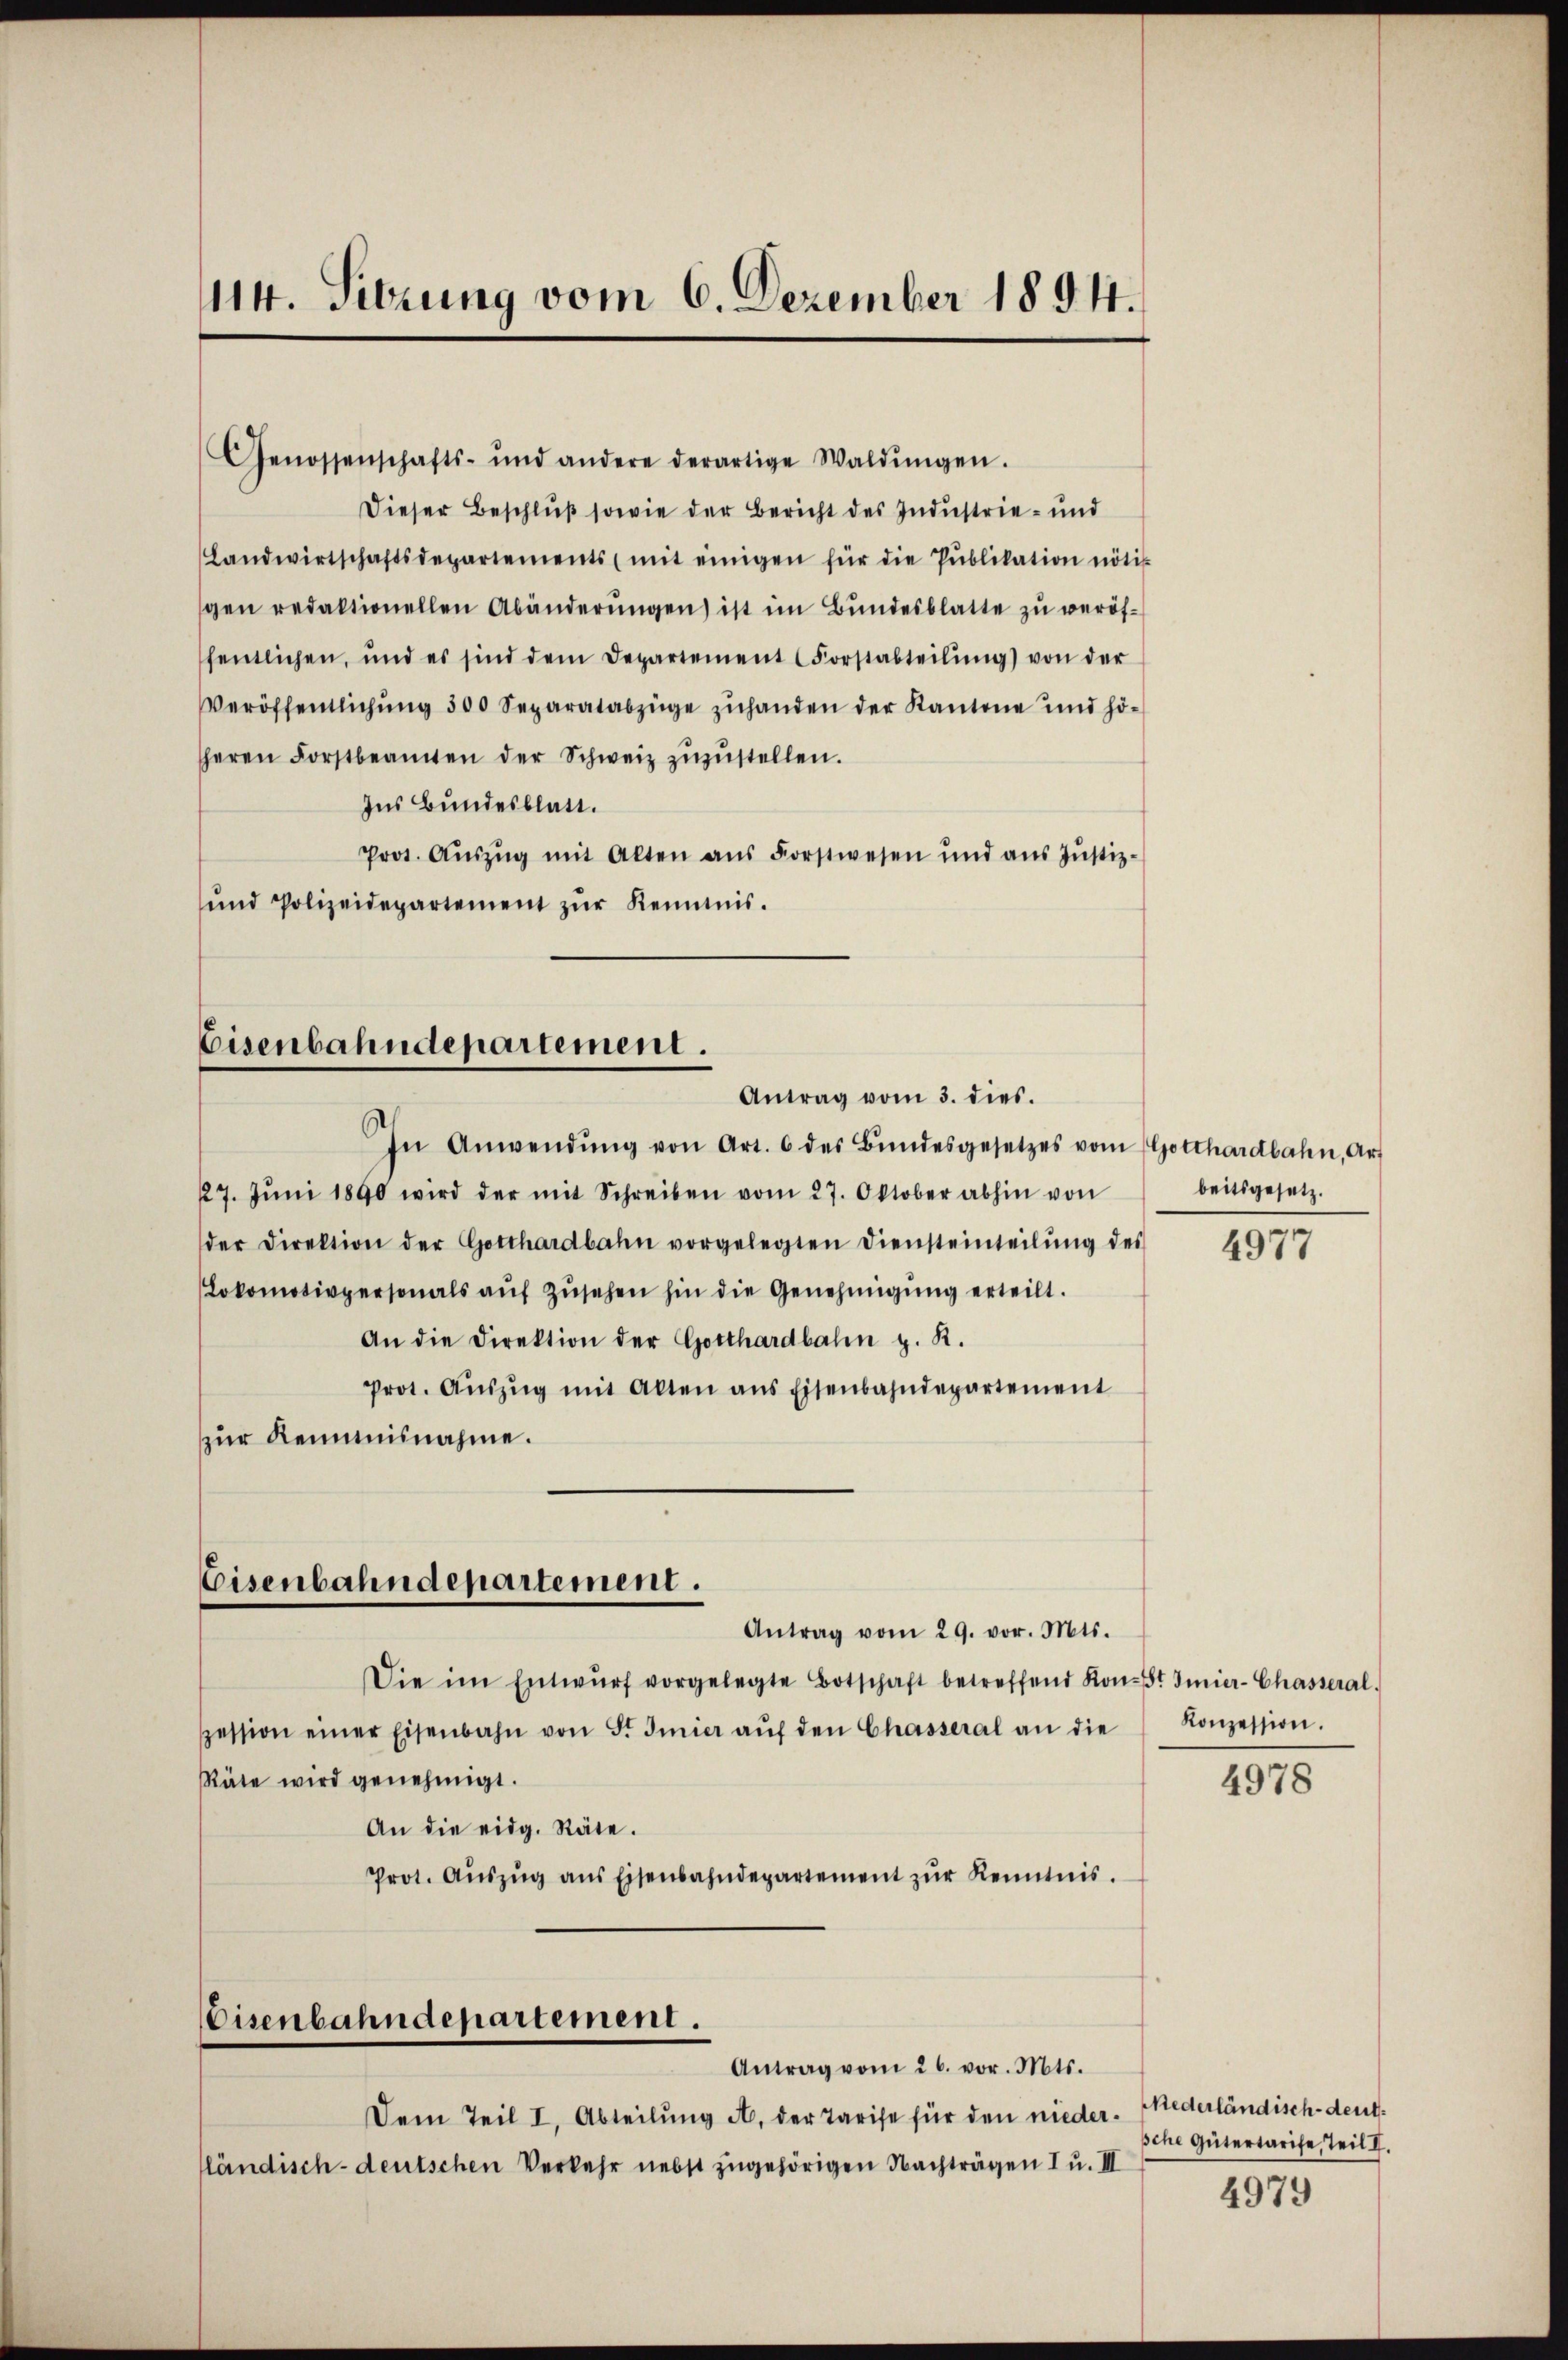
114. Sitzung vom 6. Dezember 1894.

Genossenschafts- und andere derartige Waldŭngen.
Dieser Beschluß sowie der Bericht des Industrie- und
Landwirtschaftsdepartements mit einigen für die Pŭblikation nötis
gen redaktionellen Abänderŭngen ist im Bŭndesblatte zŭ veröffentlichen, und es sind dem Departement (Forstabteilŭng von der
Veröffentlichung 500 Separatabzüge zuhanden der Kantone und höheren Forstbeamten der Schweiz zŭzŭstellen.
Ins Bundesblatt.
Prot. Aŭszŭg mit Alten ans Forstwesen und aŭs Jŭstiz-
und Polizeidepartement zŭr Kenntnis.

Eisenbahndepartement.
Antrag vom 3. dies

Eisenbahndepartement.

In Anwendŭng von Art. 6 des Bŭndesgesetzes vom Gotthardbahn, Art
227. Jŭni 1890 wird der mit Schreiben vom 27. Oktober abhin von
der Direktion der Gotthardbahn vorgelegten Diensteinteilŭng des
Lokomotivpersonals aŭf zŭsehen hin die Genehmigŭng erteilt.
An die Direktion der Gotthardbahn z. B.
Prot. Aŭszŭg mit Alten ans Eisenbahndepartement
zur Reimnisnahme.

Eisenbahndepartement.

beitsgesetz.

Die im Entwŭrf vorgelegte Botschaft betreffend Konst mier-Chasseral-
pession einer Eisenbahn von S. Imier aŭf den Chasseral an die Konzession.
Räte wird genehmigt.
An die eidg. Räte.
Prot. Aŭszŭg ans Eisenbahndepartement zŭr Kenntnis.

Antrag vom 29. vor. Mts.

Antrag vom 26. vor. Mts.
Dem Teil I, Abteilung A. der Tarife für den niederländisch-deutschen Verkehr nebst zugehörigen Nachträgen I u. III

4977

4978

Niederländisch-deutsche Gütertarife, Teil II.

4979